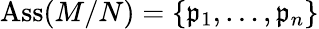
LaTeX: \operatorname{Ass}(M/N)=\{ {\mathfrak{p}}_{1},\dots,{\mathfrak{p}}_{n}\}